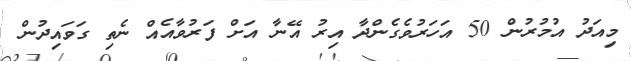
މިއަދު އުމުރުން 50 އަހަރުވެގެންދާ އިރު އޭނާ އަށް ފަރުވާއެއް ނެތި ގަވައިދުން